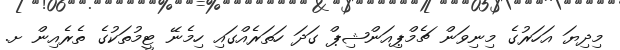
މިދިޔަ އަހަރުގެ މިނިވަން ޗެމްޕިއަންޝިޕް ގަދަ ހަތަރެއްގައި ހިމެނޭ ޓީމުތަކުގެ ތެރެއިން ށ.